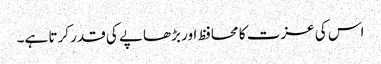
اس کی عزت کا محافظ اور بڑھاپے کی قدر کرتا ہے۔